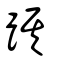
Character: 踑